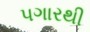
પગારથી